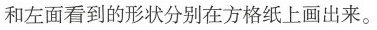
和左面看到的形状分别在方格纸上画出来。